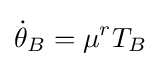
{\dot {\theta }}_{B}=\mu ^{r}T_{B}